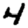
Digit: 4